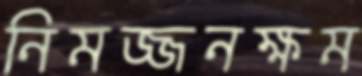
নিমজ্জনক্ষম